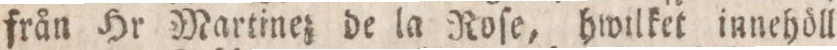
från Hr Martinez de la Roſe, hwilket innehöll